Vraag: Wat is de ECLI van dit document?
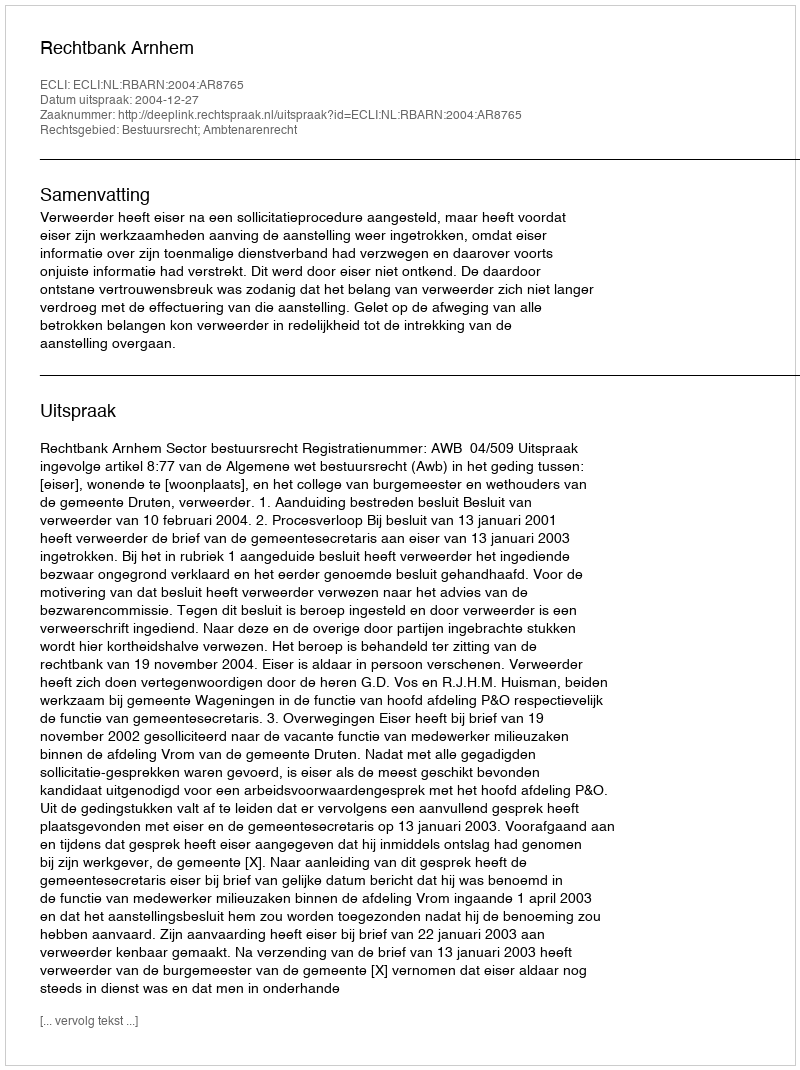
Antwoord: ECLI:NL:RBARN:2004:AR8765